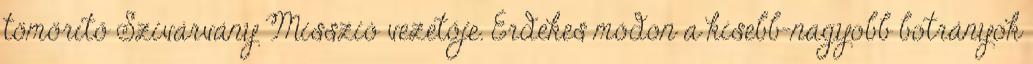
tömörítő Szivárvány Misszió vezetője. Érdekes módon a kisebb-nagyobb botrányok